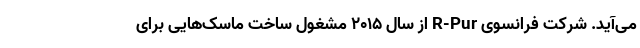
می‌آید. شرکت فرانسوی R-Pur از سال ۲۰۱۵ مشغول ساخت ماسک‌هایی برای